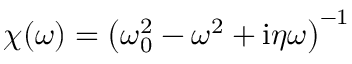
\chi ( \omega ) = \left( \omega _ { 0 } ^ { 2 } - \omega ^ { 2 } + \mathrm { i } \eta \omega \right) ^ { - 1 }